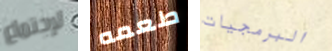
لإجتماع طعمه البرمجيات